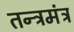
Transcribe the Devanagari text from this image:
तन्त्रमंत्र